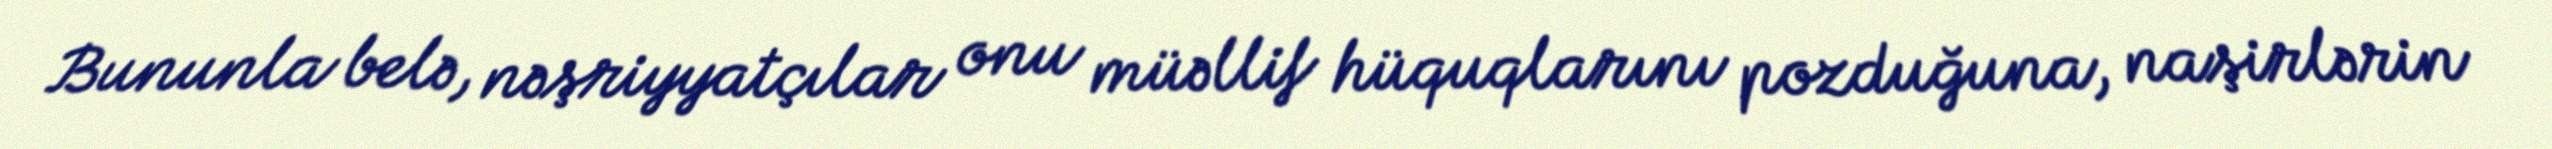
Bununla belə, nəşriyyatçılar onu müəllif hüquqlarını pozduğuna, naşirlərin